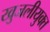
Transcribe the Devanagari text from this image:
खुजलीयुक्त